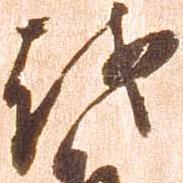
越